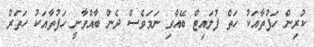
ކުރިން ހަފުތާއަކު ހަތް ފުލައިޓް ބޭއްވި ނަމަވެސް ދެން ބާއްވާނީ ހަފުތާއަކު ހަތަރު